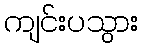
ကျင်းပသွား